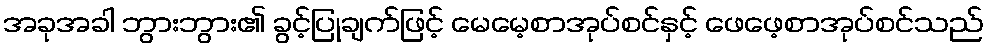
အခုအခါ ဘွားဘွား၏ ခွင့်ပြုချက်ဖြင့် မေမေ့စာအုပ်စင်နှင့် ဖေဖေ့စာအုပ်စင်သည်